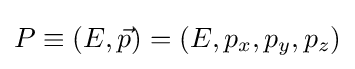
P\equiv (E,{\vec {p}})=(E,p_{x},p_{y},p_{z})